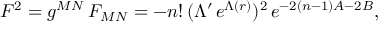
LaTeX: F ^ { 2 } = g ^ { M N } \, F _ { M N } = - n ! \, ( \Lambda ^ { \prime } \, e ^ { \Lambda ( r ) } ) ^ { 2 } \, e ^ { - 2 ( n - 1 ) A - 2 B } ,